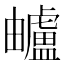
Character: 𧈕